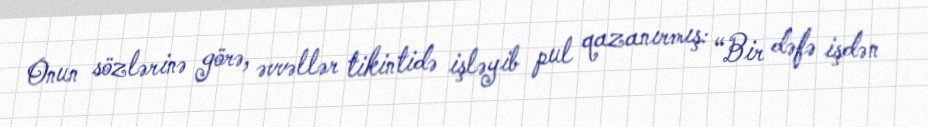
Onun sözlərinə görə, əvvəllər tikintidə işləyib pul qazanırmış: “Bir dəfə işdən